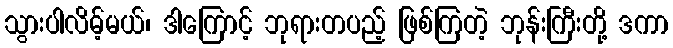
သွားပါလိမ့်မယ်၊ ဒါကြောင့် ဘုရားတပည့် ဖြစ်ကြတဲ့ ဘုန်းကြီးတို့ ဒကာ